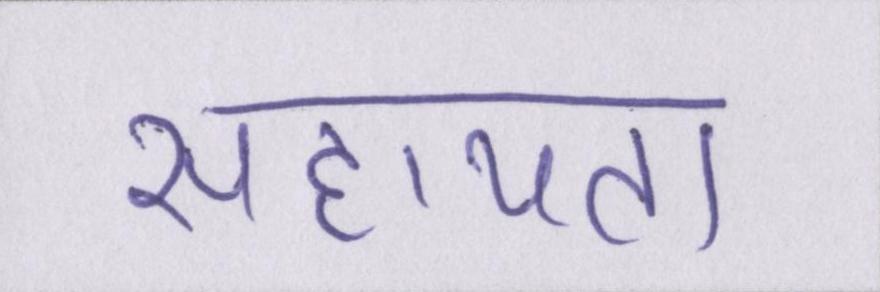
सहायता